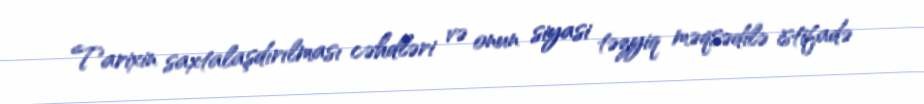
Tarixin saxtalaşdırılması cəhdləri və onun siyasi təzyiq məqsədilə istifadə